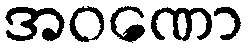
အဝဏော